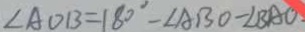
\angle A O B = 1 8 0 ^ { \circ } - \angle A B O - \angle B A O